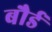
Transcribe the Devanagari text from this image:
बौर्ड